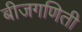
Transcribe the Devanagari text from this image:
बीजगणिती